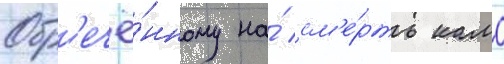
Обр'ечё́нному на́ см'е́рть камо